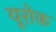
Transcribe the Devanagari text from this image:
यूरोक